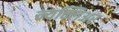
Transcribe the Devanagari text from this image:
न्यक्लिअर